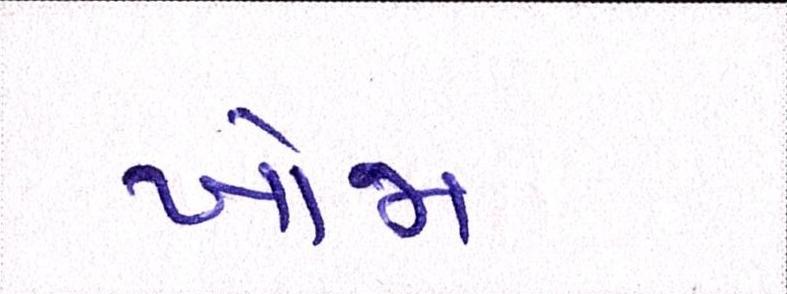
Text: ખોજા